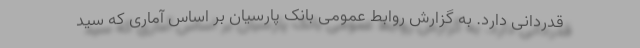
قدردانی دارد. به گزارش روابط عمومی بانک پارسیان بر اساس آماری که سید